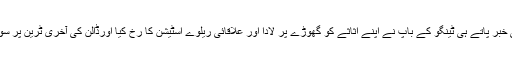
جنگ کی خبر پاتے ہی ٹینگو کے باپ نے اپنے اثاثے کو گھوڑے پر لادا اور علاقائی ریلوے اسٹیشن کا رخ کیا اورڈالن کی آخری ٹرین پر سوار ہوگیا۔